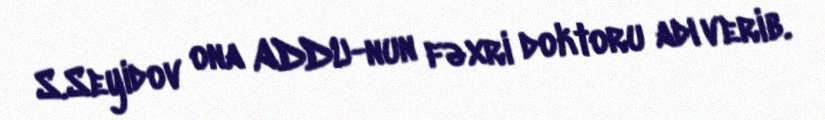
S.Seyidov ona ADDU-nun fəxri doktoru adı verib.